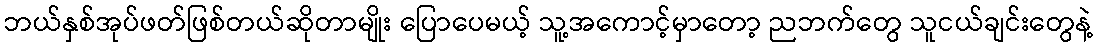
ဘယ်နှစ်အုပ်ဖတ်ဖြစ်တယ်ဆိုတာမျိုး ပြောပေမယ့် သူ့အကောင့်မှာတော့ ညဘက်တွေ သူငယ်ချင်းတွေနဲ့